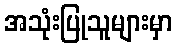
အသုံးပြုသူများမှာ